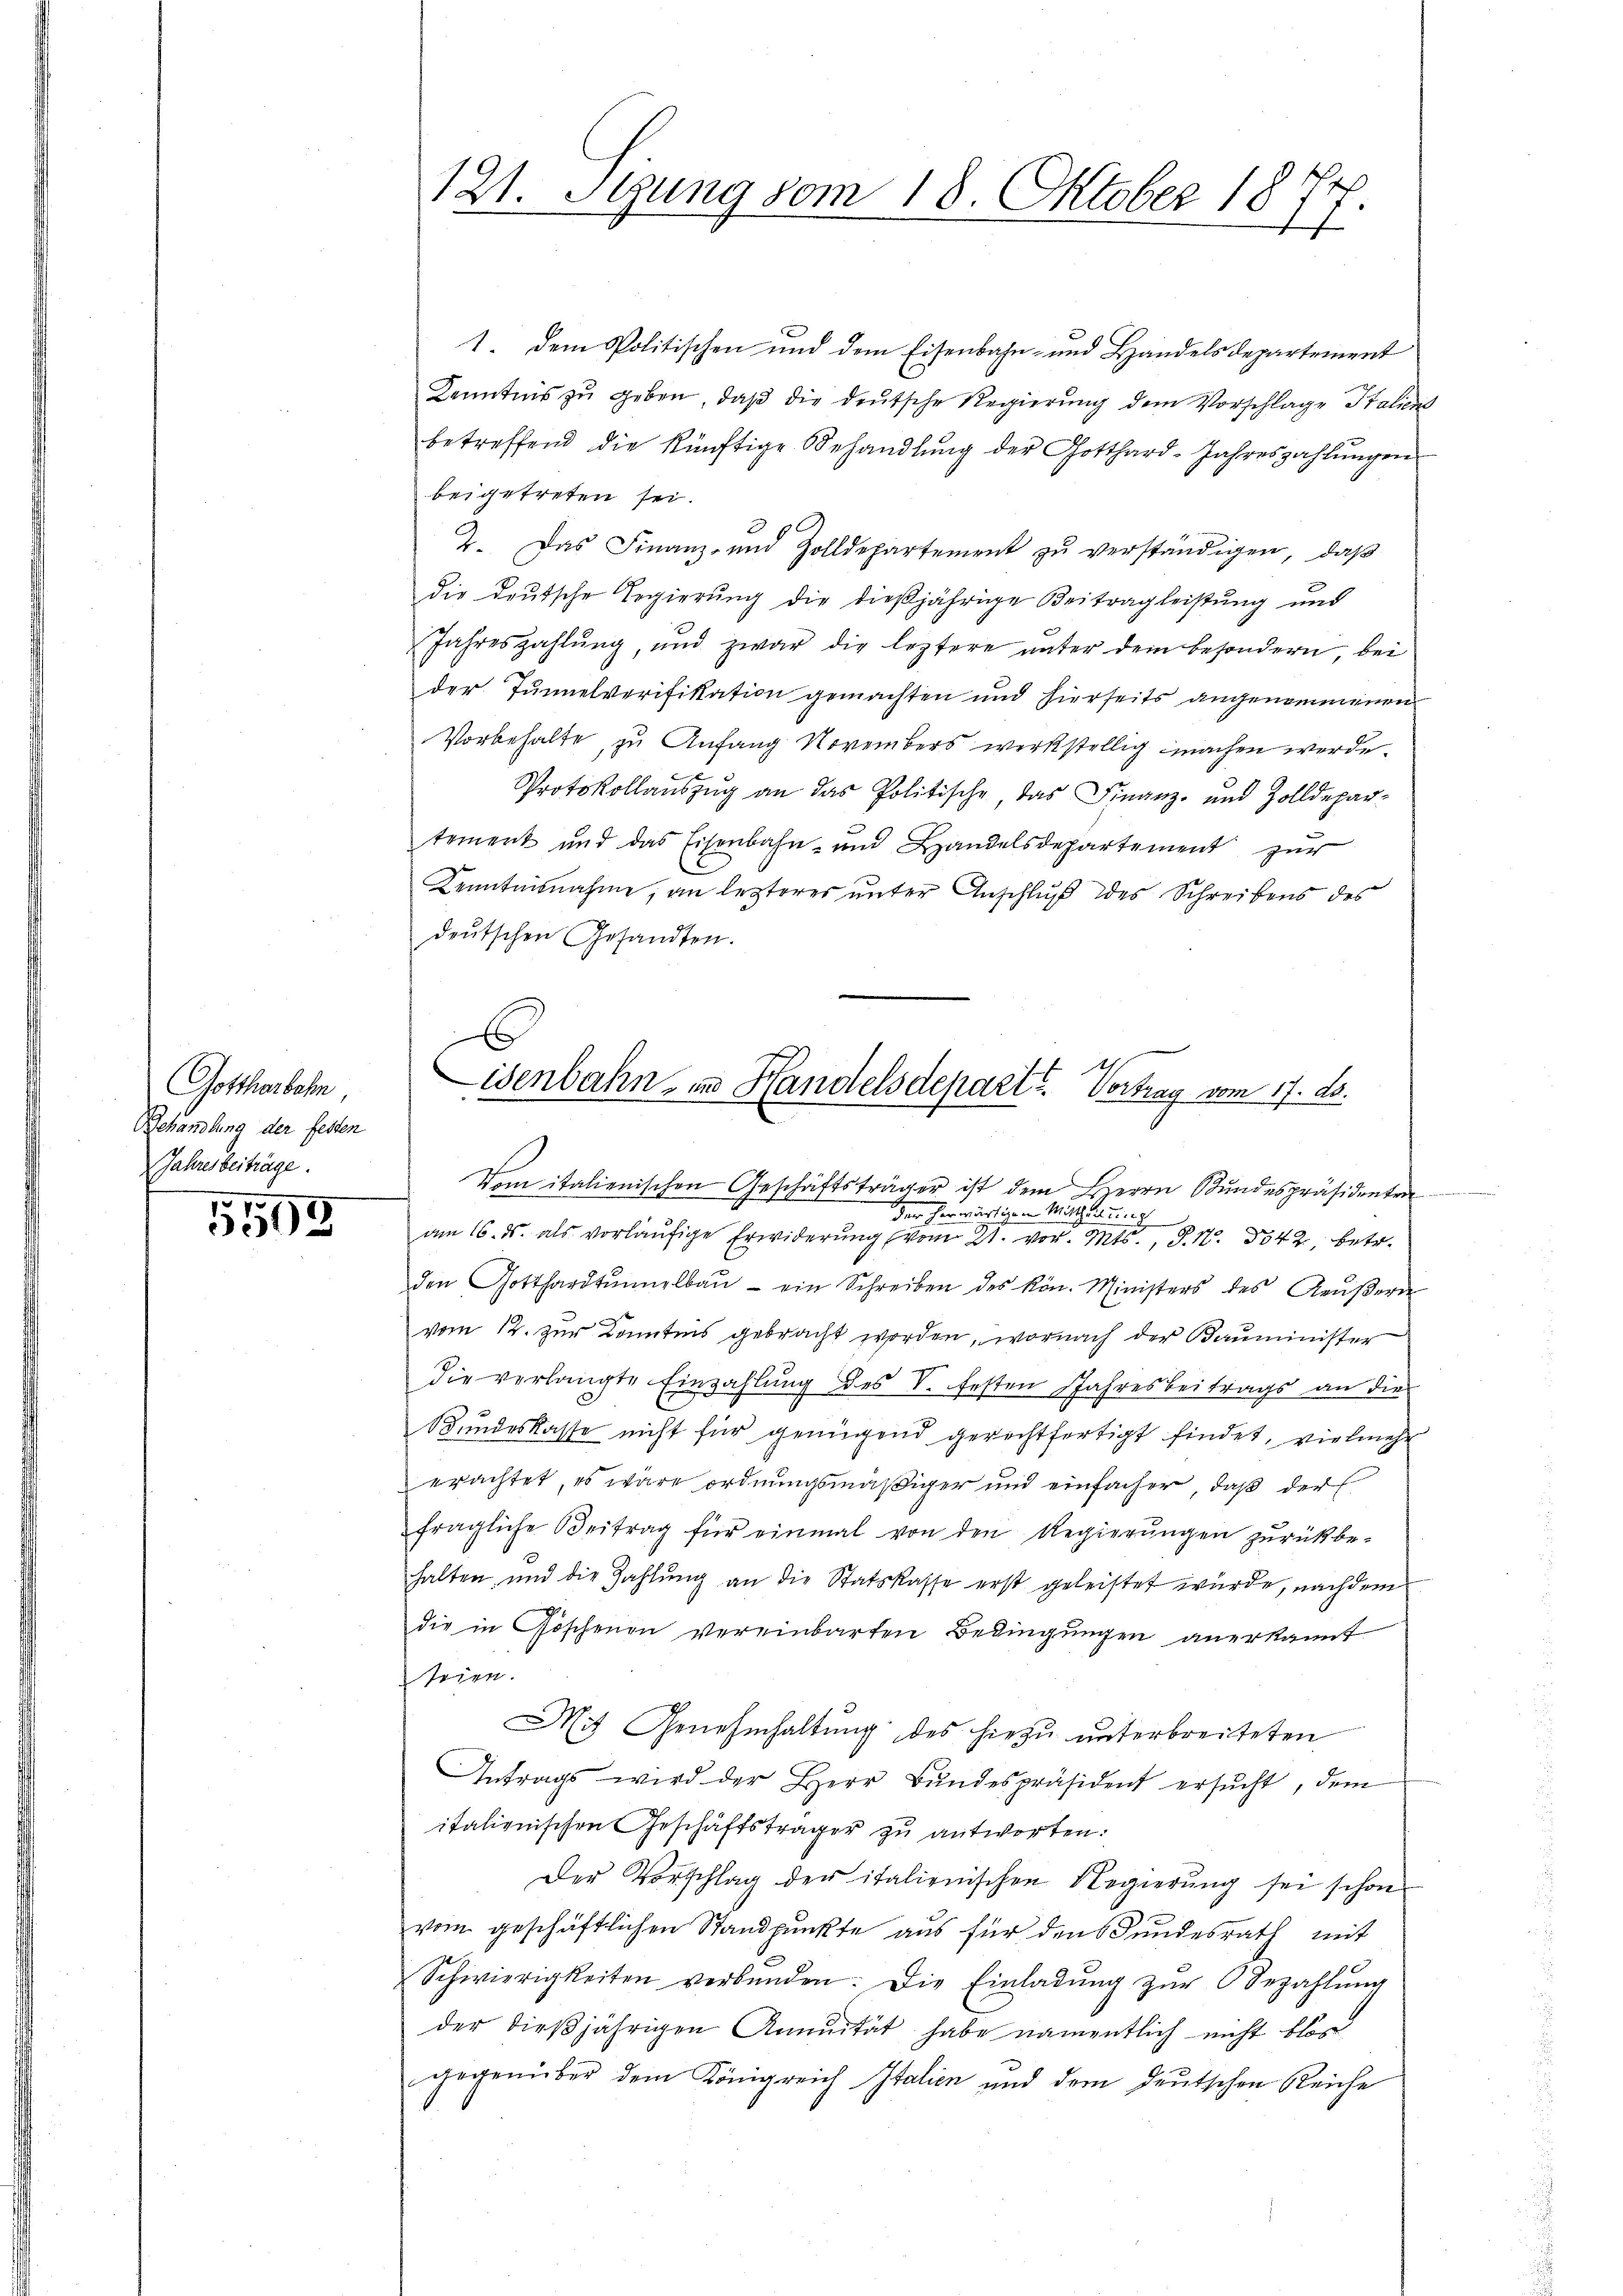
Gottharbeln,
Behandlung der festen
Jahresbeiträge.

5599

121. Stung vom 18. Oktober 184
ff

1. dem Politischen und dem Eisenbahn- und Handelsdepartement
Kenntnis zŭ geben, daβ die deŭtsche Regierŭng dem Vorschlage Italieni
betreffend die künftige Behandlŭng der Gotthard-Jahreszahlŭngen
beigetreten sei.
2. Das Finanz- und Zolldepartement zŭ verständigen, daβ
die deutsche Regierung die dießjährige Beitrag leistung und
Jahreszahlŭng, und zwar die leztere unter dem besondern bei
der Tunnelverifikation gemachten und hierseits angenommenen
Vorbehalte, zu Anfang Novembers werkstellig machen werde.
Protokollaŭszŭg an das Politische, das Finanz- und Zolldepar-
tement und das Eisenbahn- und Handelsdepartement zur
Kenntnisnahme, an lezteres unter Anschluß des Schreibens des
deutschen Gesandten.
Vom italienischen Geschäftsträger ist dem Herrn Bŭndespräsidentra
der herwärtigen Mittheilung
am 16. ds. als vorläufige Erwiderung vom 21. vor. Mts., S. Nr. 3042, betr.
den Gotthardtŭnelbaŭ - ein Schreiben des kön. Ministers des Aŭβern
vom 12. zur Kenntnis gebracht worden, wornach der Bauminister
die verlangte Einzahlung des S. festen Jahresbeitrags an die
Bundeskasse nicht für genügend gerechtfertigt findet, vielmehr
erachtet, es wäre ordnungsmäßiger und einfacher, daß der
fragliche Beitrag für einmal von den Regierŭngen zŭrückbe-
halten, und die Zahlung an die Statskasse erst geleistet wurde, nachdem
die in Göschenen vereinbarten Bedingungen anerkannt
seien.
Mit Genehmhaltung des hiezu unterbreiteten
Antrags wird der Herr Bŭndespräsident ersŭcht, dem
italienischen Geschäftsträger zu antworten:
Der Vorschlag der italienischen Regierung sei schon
vom geschäftlichen Standpunkte aus für den Bundesrath mit
Schwierigkeiten verbunden. Die Einladŭng zŭr Bezahlŭng
der dießjährigen Annuität habe namentlich nicht blos
gegenüber dem Königreich Italien und dem deutschen Reiche

6
isenbahn in Handelsdepart? Vortrag vom 17. ds.